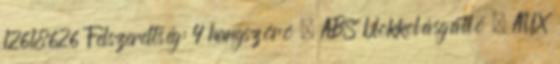
12618626 Felszereltség: 4 hangszóró – ABS blokkolásgátló – AUX